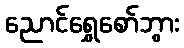
ညောင်ရွှေစော်ဘွား